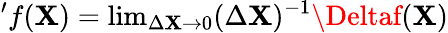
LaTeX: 'f(\mathbf{X})=\mathrm{{lim}}_{\Delta\mathbf{X}\rightarrow0}(\Delta\mathbf{X})^{-1}\Deltaf(\mathbf{X})